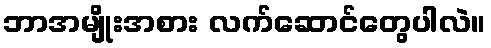
ဘာအမျိုးအစား လက်ဆောင်တွေပါလဲ။